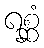
ရစ္ဆံ